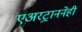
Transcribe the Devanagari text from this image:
एअरट्राननेही